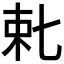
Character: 𬂥